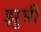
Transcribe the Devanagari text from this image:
झुसी